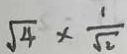
\sqrt { 4 } \times \frac { 1 } { \sqrt { 2 } }